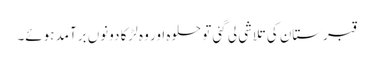
قبرستان کی تلاشی لی گئی تو حلوہ اور وہ لڑکا دونوں برآمد ہوئے۔